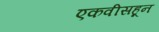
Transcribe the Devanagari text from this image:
एकवीसहून